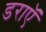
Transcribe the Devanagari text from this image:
डराएॅ